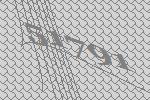
51791